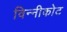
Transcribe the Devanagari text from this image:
विन्नीकोट